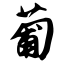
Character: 葡